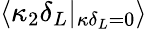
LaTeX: \langle\kappa_{2}\delta_{L}|_{\kappa\delta_{L}=0}\rangle